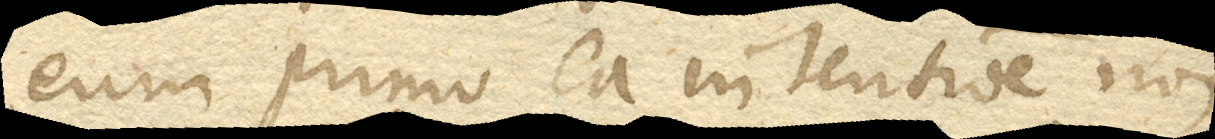
eum primo ea intentione non